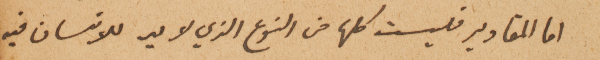
اما المقادير فليست كلها من النوع الذي لا يد للانسان فيه.